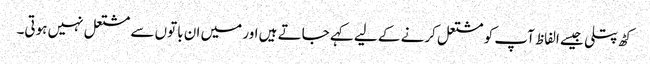
کٹھ پتلی جیسے الفاظ آپ کو مشتعل کرنے کے لیے کہے جاتے ہیں اور میں ان باتوں سے مشتعل نہیں ہوتی۔